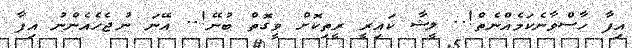
އިފާ ހާސްވާނެކަމެއްނެތް!.. ލީޝާ ކައިރީ ރީތިކޮށް ވީގޮތް ބުނޭ!.. އޭނަ ނުޖެހެއެންނު އިފާ